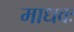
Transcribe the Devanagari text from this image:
माधवः